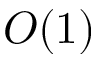
O ( 1 )